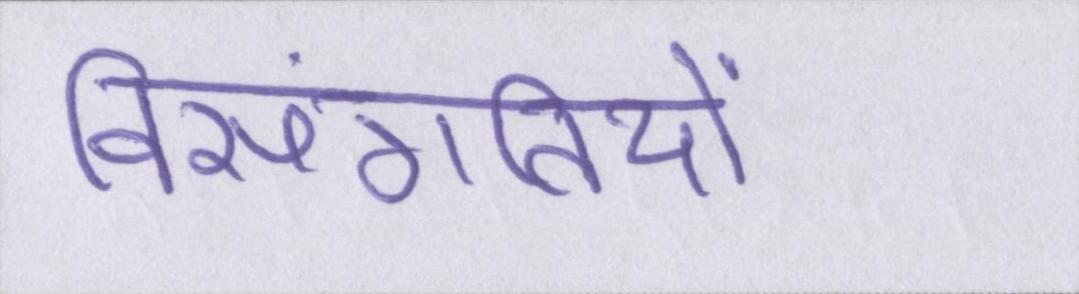
विसंगतियों